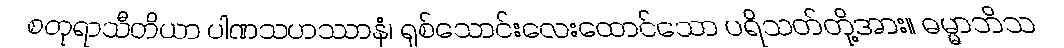
စတုရာသီတိယာ ပါဏသဟဿာနံ၊ ရှစ်သောင်းလေးထောင်သော ပရိသတ်တို့အား။ ဓမ္မာဘိသ